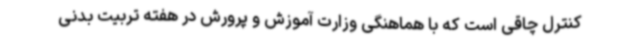
کنترل چاقی است که با هماهنگی وزارت آموزش و پرورش در هفته تربیت بدنی